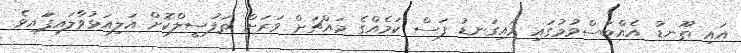
އައި ތޫނޑު އެއްބަސްވުމުގައި މައިގަނޑު ފަސް ކަމެއްގެ މައްޗަށް ވަރަށް ތަފުސީލްކޮށް އަލިއަޅުވާލައިފަައިވެ